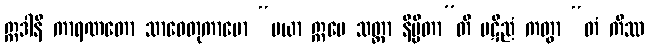
ဣဒါနိ ကာရဏတော သာဓေတုကာမော “မယာ ဣမေ သတ္တာ နိမ္မိတာ”တိ ပဋိညံ ကတွာ “တံ ကိဿ